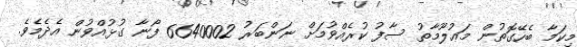
މިކަމާ ބެހޭގޮތުން މަޢުލޫމާތު ސާފު ކުރެއްވުމަށް ނަންބަރު 6640002 ފޯނާ ގުޅުއްވުން އެދެމެވެ.